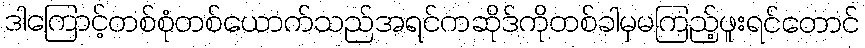
ဒါကြောင့်တစ်စုံတစ်ယောက်သည်အရင်ကဆိုဒ်ကိုတစ်ခါမှမကြည့်ဖူးရင်တောင်